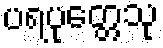
ပရပုတ္တေသု